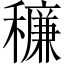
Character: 䆂